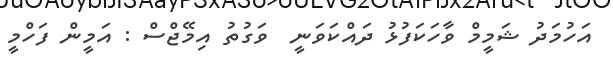
އަހުމަދު ޝަމީމް ވާހަކަފުޅު ދައްކަވަނީ  ވަގުތު އިމޭޖްސް : އަމީން ފަހްމީ